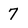
Character: 7